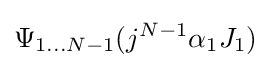
\Psi _{1\ldots N-1}(j^{N-1}\alpha _{1}J_{1})